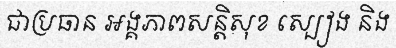
ជាប្រធាន អង្គភាពសន្តិសុខ ស្បៀង និង